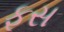
ફૂસ